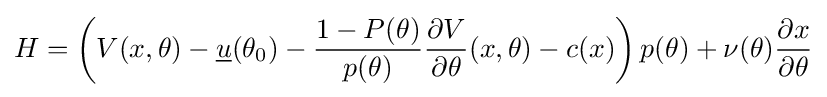
H=\left(V(x,\theta )-{\underline {u}}(\theta _{0})-{\frac {1-P(\theta )}{p(\theta )}}{\frac {\partial V}{\partial \theta }}(x,\theta )-c(x)\right)p(\theta )+\nu (\theta ){\frac {\partial x}{\partial \theta }}